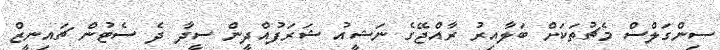
ސިންގަލްސް މެޗުތަކަށް ބަލާއިރު ރާއްޖޭގެ ނަޝީއު ޝަރަފުއްދީން ސީދާ ދެ ސެޓުން ޗައިނީޒް